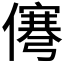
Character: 𰂹